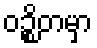
ဝဉ္စိတမှာ